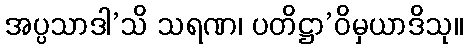
အပ္ပသာဒါ’သိ သရဏ၊ ပတိဋ္ဌာ’ဝိမှယာဒိသု။